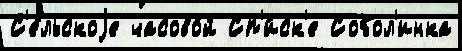
С'е́льскоjе часово́й Сп'и́ск'е Собол'инка